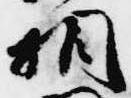
相